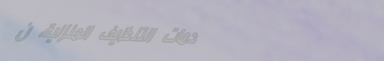
خدمات التنظيف المنزلية، ن